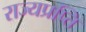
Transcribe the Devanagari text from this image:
राज्यप्रप्ति